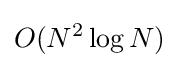
O(N^{2}\operatorname {log} N)